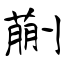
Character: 蒯